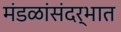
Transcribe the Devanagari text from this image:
मंडळांसंदर्भात